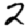
Digit: 2